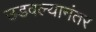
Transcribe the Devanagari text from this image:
उडवल्यानंतर